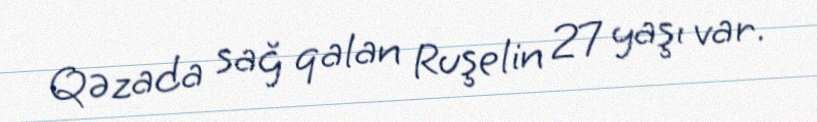
Qəzada sağ qalan Ruşelin 27 yaşı var.